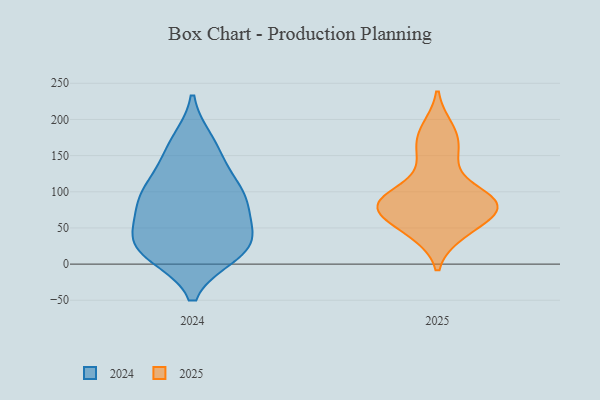
{"axis": {"x": "Latency (ms)", "y": "Value"}, "legend": ["2024", "2025"], "data": [{"x": "", "y": 169, "type": "2024"}, {"x": "", "y": 20, "type": "2024"}, {"x": "", "y": 77, "type": "2024"}, {"x": "", "y": 52, "type": "2024"}, {"x": "", "y": 24, "type": "2024"}, {"x": "", "y": 19, "type": "2024"}, {"x": "", "y": 98, "type": "2024"}, {"x": "", "y": 98, "type": "2024"}, {"x": "", "y": 44, "type": "2024"}, {"x": "", "y": 135, "type": "2024"}, {"x": "", "y": 94, "type": "2024"}, {"x": "", "y": 161, "type": "2024"}, {"x": "", "y": 26, "type": "2024"}, {"x": "", "y": 93, "type": "2024"}, {"x": "", "y": 14, "type": "2024"}, {"x": "", "y": 85, "type": "2025"}, {"x": "", "y": 167, "type": "2025"}, {"x": "", "y": 187, "type": "2025"}, {"x": "", "y": 140, "type": "2025"}, {"x": "", "y": 50, "type": "2025"}, {"x": "", "y": 87, "type": "2025"}, {"x": "", "y": 73, "type": "2025"}, {"x": "", "y": 43, "type": "2025"}, {"x": "", "y": 92, "type": "2025"}, {"x": "", "y": 83, "type": "2025"}, {"x": "", "y": 81, "type": "2025"}]}